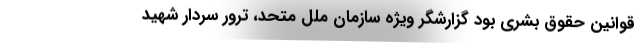
قوانین حقوق بشری بود گزارشگر ویژه سازمان ملل متحد، ترور سردار شهید